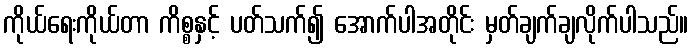
ကိုယ်ရေးကိုယ်တာ ကိစ္စနှင့် ပတ်သက်၍ အောက်ပါအတိုင်း မှတ်ချက်ချလိုက်ပါသည်။